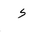
Letter: _hamza